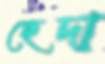
হেদা